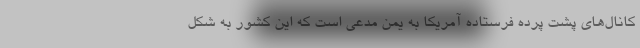
کانال‌های پشت پرده فرستاده آمریکا به یمن مدعی است که این کشور به شکل